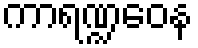
ကာရဏ္ဍဝေန